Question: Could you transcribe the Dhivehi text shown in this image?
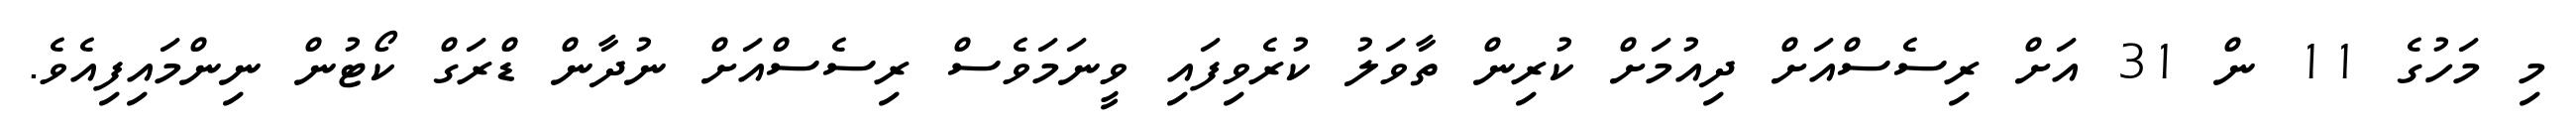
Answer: މި މަހުގެ 11 ން 31 އަށް ރިސެސްއަށް ދިއުމަށް ކުރިން ތާވަލު ކުރެވިފައި ވީނަމަވެސް ރިސެސްއަށް ނުދާން ޑްރަގް ކޯޓުން ނިންމައިފިއެވެ.